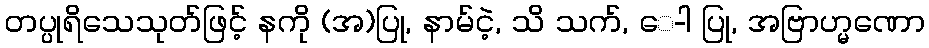
တပ္ပုရိသေသုတ်ဖြင့် နကို (အ)ပြု, နာမ်ငဲ့, သိ သက်, ေ-ါ ပြု, အဗြာဟ္မဏော